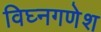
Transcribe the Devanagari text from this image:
विघ्नगणेश